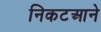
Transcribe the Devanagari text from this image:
निकटआने